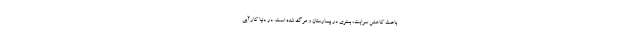
باعث کاهش سرایت، بستری در بیمارستان و مرگ شده است. در دنیا کارآیی